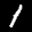
Label: 1